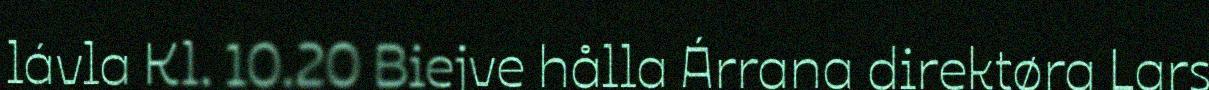
lávla Kl. 10.20 Biejve hålla Árrana direktøra Lars